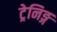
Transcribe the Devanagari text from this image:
ट्रेनिङ्ग